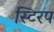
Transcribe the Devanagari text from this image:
स्टिरप